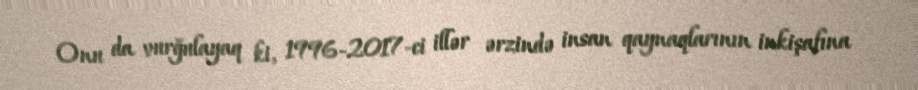
Onu da vurğulayaq ki, 1996-2017-ci illər ərzində insan qaynaqlarının inkişafına